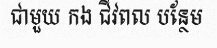
ជាមួយ កង ជីវពល បន្ថែម